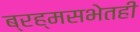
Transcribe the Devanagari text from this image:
ब्रह्मसभेतही